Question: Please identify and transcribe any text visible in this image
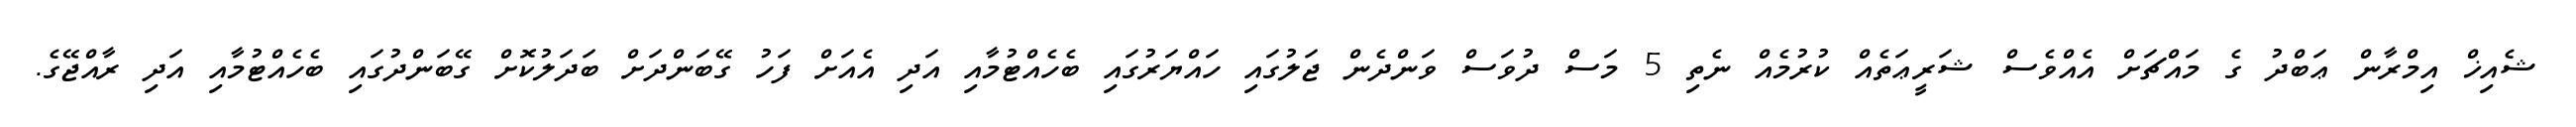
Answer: ޝެއިޚް އިމްރާން ޢަބްދު ގެ މައްޗަށް އެއްވެސް ޝަރީޢަތެއް ކުރުމެއް ނެތި 5 މަސް ދުވަސް ވަންދެން ޖަލުގައި ހައްޔަރުގައި ބެހެއްޓުމާއި އަދި އެއަށް ފަހު ގޭބަންދަށް ބަދަލުކޮށް ގޭބަންދުގައި ބެހެއްޓުމާއި އަދި ރާއްޖޭގެ.